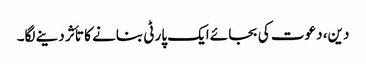
دین، دعوت کی بجائے ایک پارٹی بنانے کا تأثر دینے لگا۔